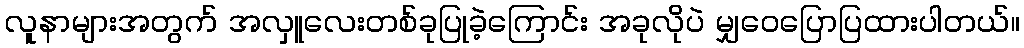
လူနာများအတွက် အလှူလေးတစ်ခုပြုခဲ့ကြောင်း အခုလိုပဲ မျှဝေပြောပြထားပါတယ်။